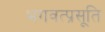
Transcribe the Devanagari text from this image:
भगवत्प्रसूति